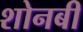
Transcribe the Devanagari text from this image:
शोनबी